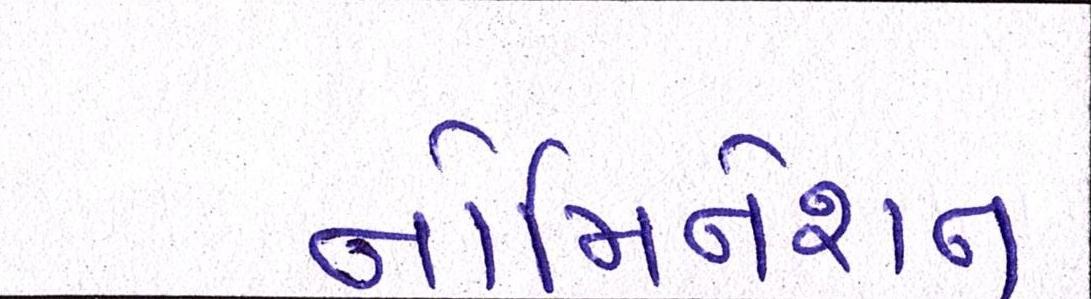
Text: નોમિનેશન